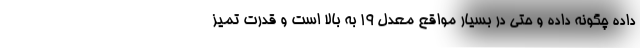
داده چگونه داده و حتی در بسیار مواقع معدل ۱۹ به بالا است و قدرت تمیز